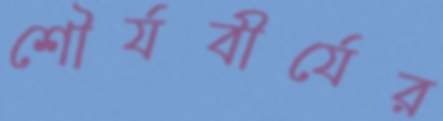
শৌর্যবীর্যের